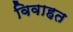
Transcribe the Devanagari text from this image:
विवाहत